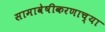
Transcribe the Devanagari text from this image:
सामावेषीकरणाच्या